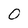
Character: 0